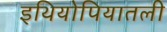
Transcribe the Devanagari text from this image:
इथियोपियातली